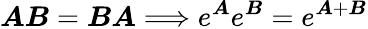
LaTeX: \boldsymbol{A}\boldsymbol{B}=\boldsymbol{B}\boldsymbol{A}\Longrightarrow e^{\boldsymbol{A}}e^{\boldsymbol{B}}=e^{\boldsymbol{A}+\boldsymbol{B}}